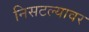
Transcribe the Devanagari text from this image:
निसटल्यावर